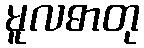
မူလဓာတု